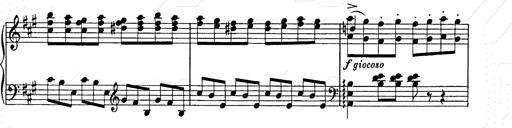
Title: Weihnachtsbaum
Composer: Franz Liszt